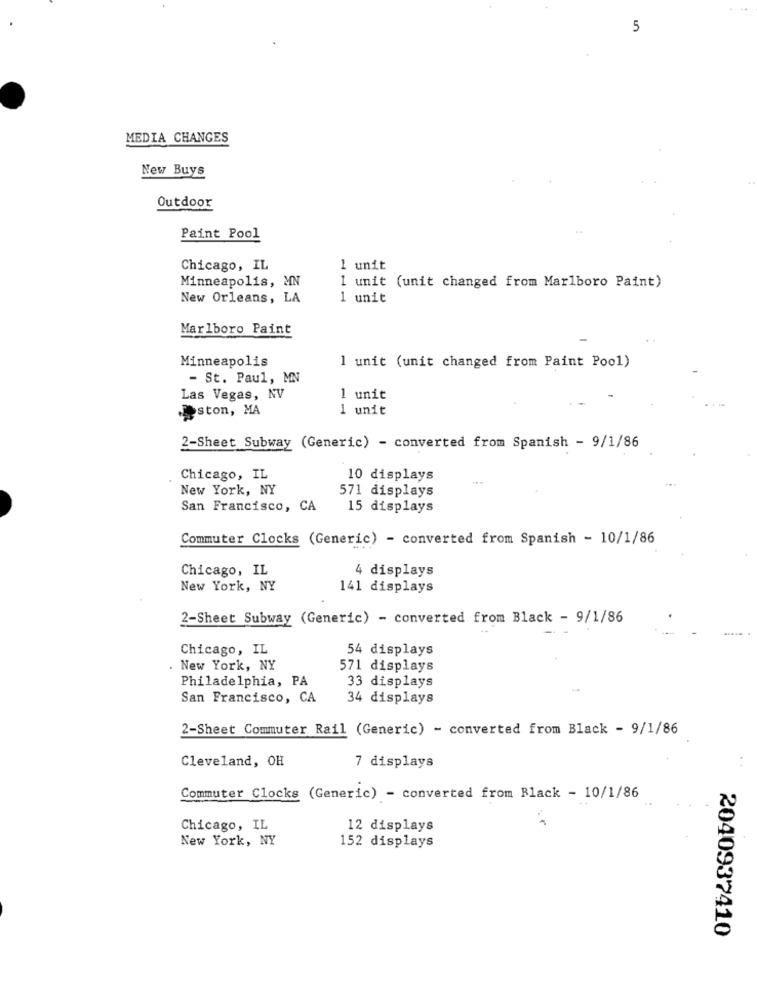
5
MEDIA CHANGES
New Buys
Outdoor
Paint Pool
Chicago, IL
1 unit
Minneapolis, MN
1 unit (unit changed from Marlboro Paint)
New Orleans, LA
1 unit
Marlboro Paint
Minneapolis
1 unit (unit changed from Paint Pool)
- St. Paul, MN
Las Vegas, NV
1 unit
doston, MA
1 unit
2-Sheet Subway (Generic) - converted from Spanish - 9/1/86
Chicago, IL
10 displays
New York, NY
571 displays
San Francisco, CA
15 displays
Commuter Clocks (Generic) - converted from Spanish - 10/1/86
Chicago, IL
4 displays
New York, NY
141 displays
2-Sheet Subway (Generic) - converted from Black - 9/1/86
Chicago, IL
54 displays
. New York, NY
571 displays
Philadelphia, PA
33 displays
San Francisco, CA
34 displays
2-Sheet Commuter Rail (Generic) - converted from Black - 9/1/86
Cleveland, OH
7 displays
Commuter Clocks (Generic) - converted from Black - 10/1/86
Chicago, IL
12 displays
New York, NY
152 displays
2040937410